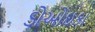
ડોઓઇકા